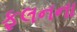
ફલનના